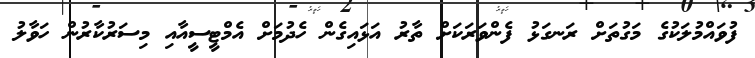
ފުވައްމުލަކުގެ މަގުތަށް ރަނގަޅު ފެންވަރަކަށް ތާރު އަޅައިގެން ހެދުމަށް އެމްޓީސީއާއި މިސަރުކާރުން ހަަވާލު